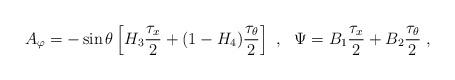
LaTeX: \begin{align*}A_\varphi= -\sin\theta\left[H_3 \frac{\tau_x}{2} +(1-H_4) \frac{\tau_\theta}{2}\right] \ , \ \ \Psi =B_1 \frac{\tau_x}{2} + B_2 \frac{\tau_\theta}{2}\ , \end{align*}